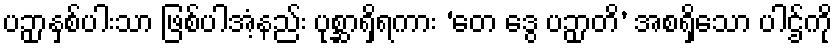
ပဉှာနှစ်ပါးသာ ဖြစ်ပါအံ့နည်း ပုစ္ဆာရှိရကား ‘တေ ဒွေ ပဉှာတိ’ အစရှိသော ပါဌ်ကို